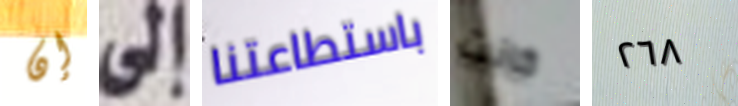
إن إلى باستطاعتنا كانت ٢٦٨